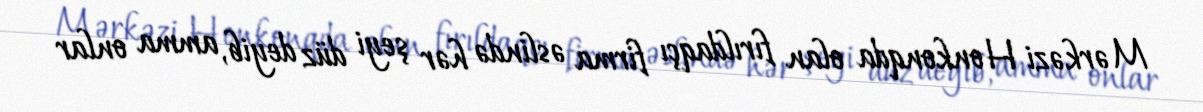
Mərkəzi Honkonqda olan fırıldaqçı firma əslində hər şeyi düz deyib, amma onlar